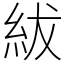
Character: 紱